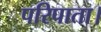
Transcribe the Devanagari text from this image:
परिपाता।